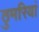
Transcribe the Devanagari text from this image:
ठुमरियां